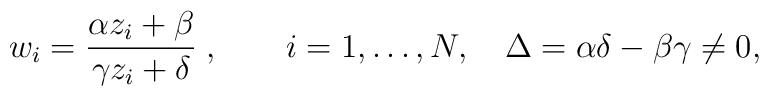
w_i={\alpha z_i + \beta\over \gamma z_i +\delta}\;,\qquad i=1,\dots,N,\quad\Delta=\alpha \delta - \beta \gamma \ne 0,